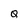
Character: Q